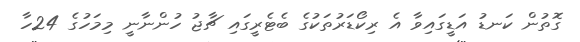
ގޮތުން ކަނޑު އަޑީގައިވާ އެ ރިކޯޑަރުތަކުގެ ބެޓެރީގައި ޗާޖު ހުންނާނީ މިމަހުގެ 24ހާ